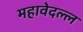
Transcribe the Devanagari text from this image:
महावेदल्ल